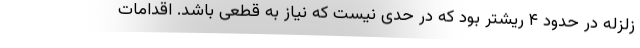
زلزله در حدود ۴ ریشتر بود که در حدی نیست که نیاز به قطعی باشد. اقدامات